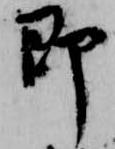
即